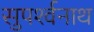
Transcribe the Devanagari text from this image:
सुपर्श्‍वनाथ